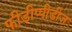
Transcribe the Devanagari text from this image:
फीडीप्पीडीज